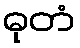
ဓုတံ